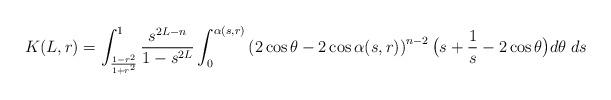
LaTeX: \begin{align*} K(L,r)=\int_{\frac{1-r^2}{1+r^2}}^1 \frac{s^{2L-n}}{1-s^{2L}} \int_0^{\alpha(s,r)} \left(2\cos\theta-2\cos \alpha(s,r)\right)^{n-2} \bigl(s+\frac 1s-2\cos\theta\bigr) d\theta\; ds\end{align*}